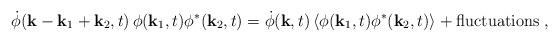
LaTeX: \begin{align*}\dot{\phi}({\bf k}-{\bf k}_1+{\bf k}_2,t) \,\phi ({\bf k}_1,t) \phi^* ({\bf k}_2,t) = \dot{\phi }({\bf k},t) \,\langle \phi ({\bf k}_1,t) \phi^* ({\bf k}_2,t) \rangle + {\rm fluctuations} \; , \end{align*}